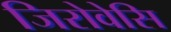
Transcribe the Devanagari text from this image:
जिरोवेसि